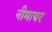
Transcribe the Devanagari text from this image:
नीमायर